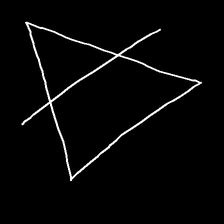
Glyph: empower